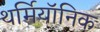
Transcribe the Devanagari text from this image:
थर्मियॉनिक